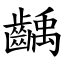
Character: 齲